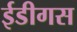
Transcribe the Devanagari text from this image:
ईडीगस